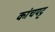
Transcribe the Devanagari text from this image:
कांचपट्ट